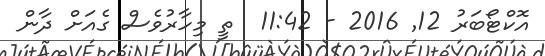
އޮކްޓޯބަރު 12